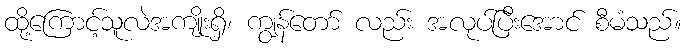
ထို့ကြောင့်သူလဲအကျိုးရှိ၊ ကျွန်တော် လည်း အလုပ်ပြီးအောင် စီမံသည်။